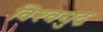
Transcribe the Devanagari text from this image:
विश्‍वयुद्व